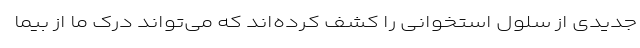
جدیدی از سلول استخوانی را کشف کرده‌اند که می‌تواند درک ما از بیما